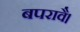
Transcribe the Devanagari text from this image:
बपरावै।